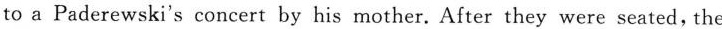
to a Paderewski's concert by his mother. After they were seated，the